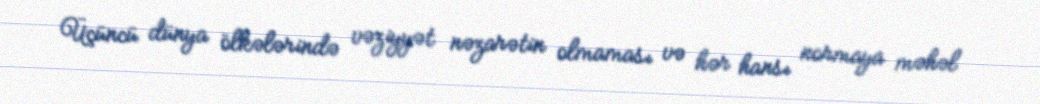
Üçüncü dünya ölkələrində vəziyyət nəzarətin olmaması və hər hansı normaya məhəl